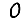
Digit: 0